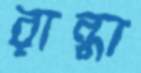
রান্ধা